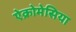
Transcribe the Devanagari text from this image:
ऐक्रोमेसिया